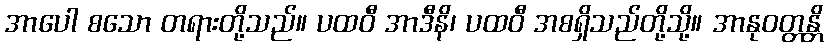
အာပေါ စသော တရားတို့သည်။ ပထဝီ အာဒီနိ၊ ပထဝီ အစရှိသည်တို့သို့။ အာနုဝတ္တန္တိ